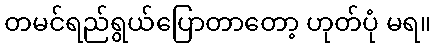
တမင်ရည်ရွယ်ပြောတာတော့ ဟုတ်ပုံ မရ။